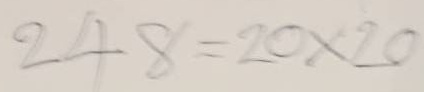
248 = 20x20